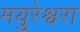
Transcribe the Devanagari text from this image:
मयुरेश्वरा